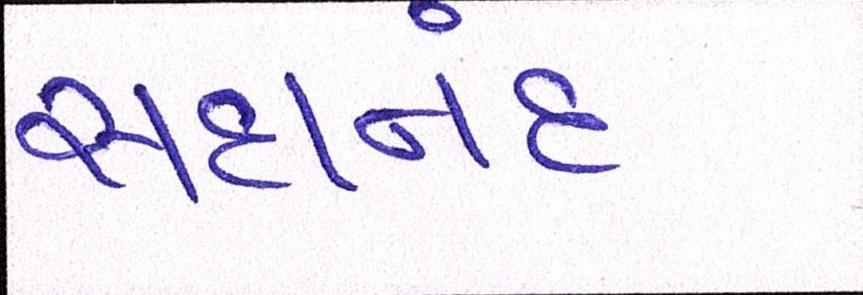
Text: સદાનંદ